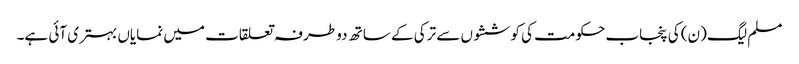
مسلم لیگ(ن) کی پنجاب حکومت کی کوششوں سے ترکی کے ساتھ دو طرفہ تعلقات میں نمایاں بہتری آئی ہے۔